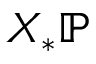
X _ { * } \mathbb { P }